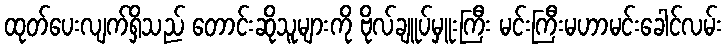
ထုတ်ပေးလျက်ရှိသည် တောင်းဆိုသူများကို ဗိုလ်ချူပ်မှူးကြီး မင်းကြီးမဟာမင်းခေါင်လမ်း